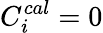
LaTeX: C_{i}^{cal}=0